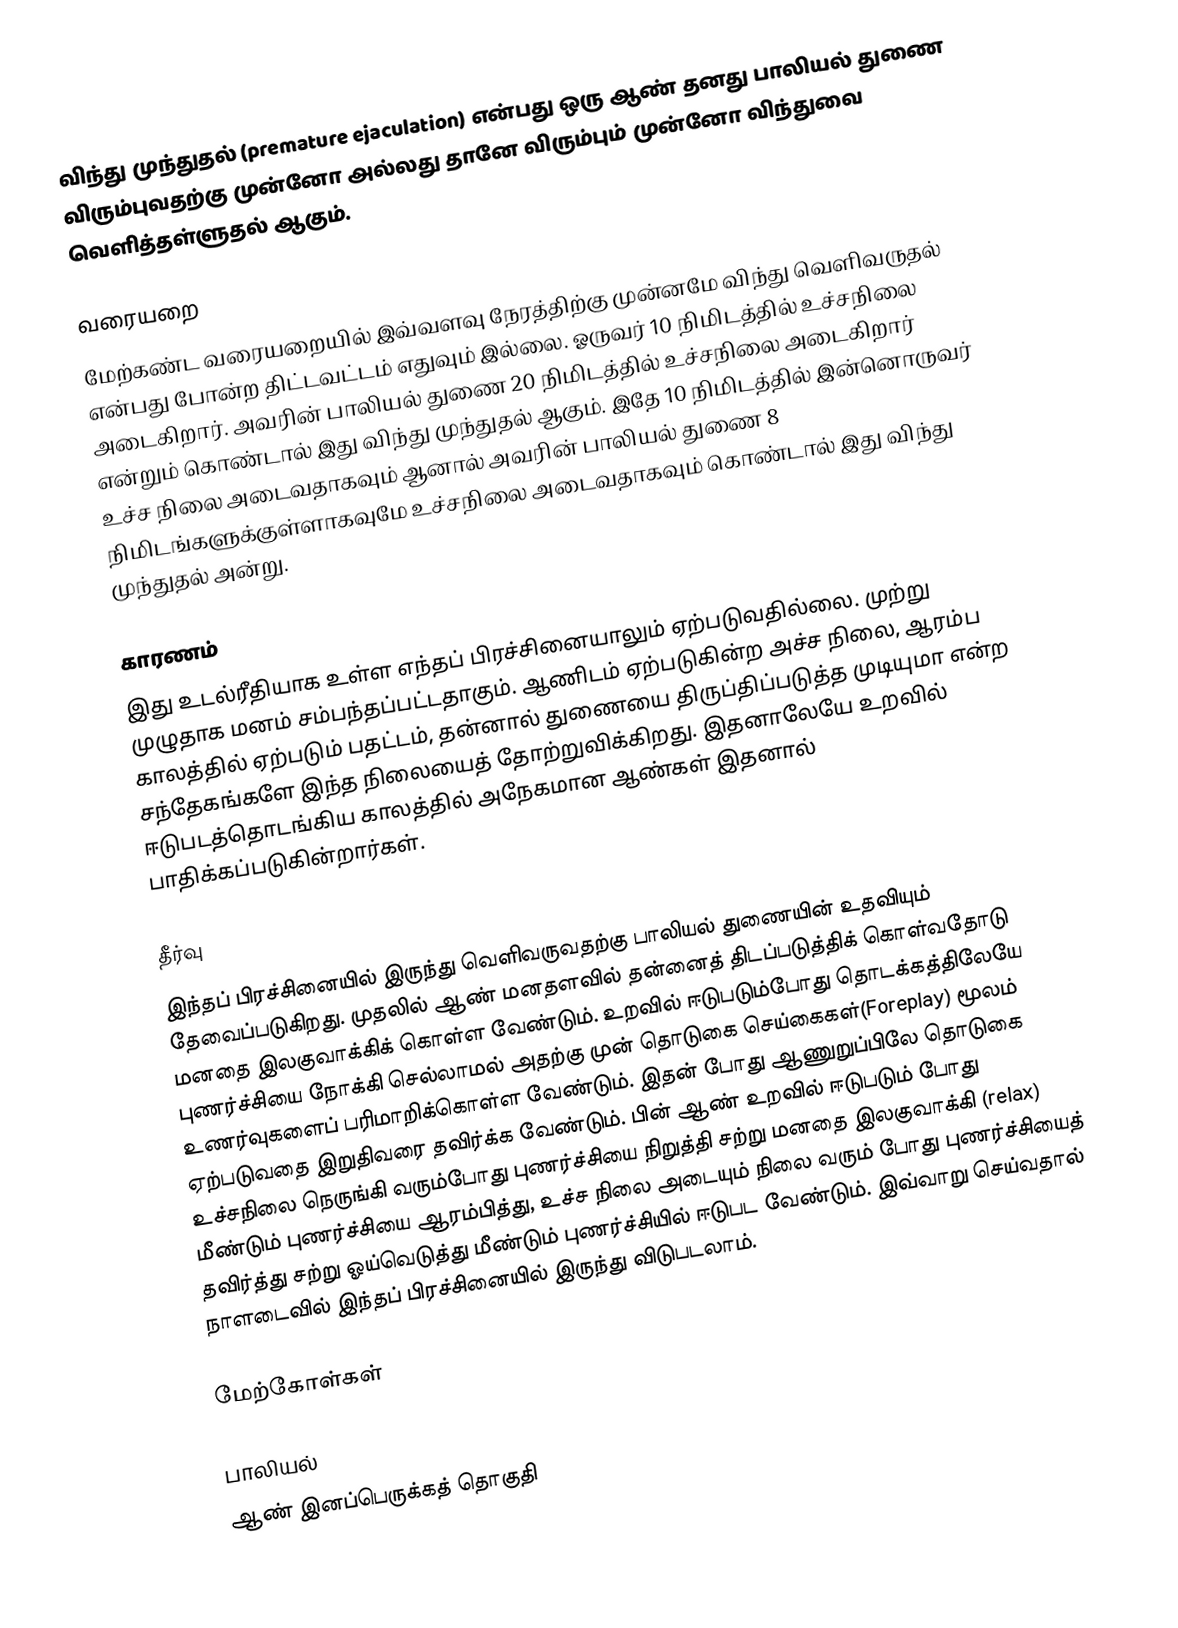
விந்து முந்துதல் (premature ejaculation) என்பது ஒரு ஆண் தனது பாலியல் துணை விரும்புவதற்கு முன்னோ அல்லது தானே விரும்பும் முன்னோ விந்துவை வெளித்தள்ளுதல் ஆகும்.

வரையறை
மேற்கண்ட வரையறையில் இவ்வளவு நேரத்திற்கு முன்னமே விந்து வெளிவருதல் என்பது போன்ற திட்டவட்டம் எதுவும் இல்லை. ஓருவர் 10 நிமிடத்தில் உச்சநிலை அடைகிறார். அவரின் பாலியல் துணை 20 நிமிடத்தில் உச்சநிலை அடைகிறார் என்றும் கொண்டால் இது விந்து முந்துதல் ஆகும். இதே 10 நிமிடத்தில் இன்னொருவர் உச்ச நிலை அடைவதாகவும் ஆனால் அவரின் பாலியல் துணை 8 நிமிடங்களுக்குள்ளாகவுமே உச்சநிலை அடைவதாகவும் கொண்டால் இது விந்து முந்துதல் அன்று.

காரணம்
இது உடல்ரீதியாக உள்ள எந்தப் பிரச்சினையாலும் ஏற்படுவதில்லை. முற்று முழுதாக மனம் சம்பந்தப்பட்டதாகும். ஆணிடம் ஏற்படுகின்ற அச்ச நிலை, ஆரம்ப காலத்தில் ஏற்படும் பதட்டம், தன்னால் துணையை திருப்திப்படுத்த முடியுமா என்ற சந்தேகங்களே இந்த நிலையைத் தோற்றுவிக்கிறது. இதனாலேயே உறவில் ஈடுபடத்தொடங்கிய காலத்தில் அநேகமான ஆண்கள் இதனால் பாதிக்கப்படுகின்றார்கள்.

தீர்வு
இந்தப் பிரச்சினையில் இருந்து வெளிவருவதற்கு பாலியல் துணையின் உதவியும் தேவைப்படுகிறது. முதலில் ஆண் மனதளவில் தன்னைத் திடப்படுத்திக் கொள்வதோடு மனதை இலகுவாக்கிக் கொள்ள வேண்டும். உறவில் ஈடுபடும்போது தொடக்கத்திலேயே புணர்ச்சியை நோக்கி செல்லாமல் அதற்கு முன் தொடுகை செய்கைகள்(Foreplay) மூலம் உணர்வுகளைப் பரிமாறிக்கொள்ள வேண்டும். இதன் போது ஆணுறுப்பிலே தொடுகை ஏற்படுவதை இறுதிவரை தவிர்க்க வேண்டும். பின் ஆண் உறவில் ஈடுபடும் போது உச்சநிலை நெருங்கி வரும்போது புணர்ச்சியை நிறுத்தி சற்று மனதை இலகுவாக்கி (relax) மீண்டும் புணர்ச்சியை ஆரம்பித்து, உச்ச நிலை அடையும் நிலை வரும் போது புணர்ச்சியைத் தவிர்த்து சற்று ஓய்வெடுத்து மீண்டும் புணர்ச்சியில் ஈடுபட வேண்டும். இவ்வாறு செய்வதால் நாளடைவில் இந்தப் பிரச்சினையில் இருந்து விடுபடலாம்.

மேற்கோள்கள்

பாலியல்
ஆண் இனப்பெருக்கத் தொகுதி